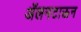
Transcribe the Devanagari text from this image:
ॲलनटाऊन